Report of the Municipal Commissioner on the plague in Bombay for the year ending 31st May... - Volume 2
Disease focus: Plague
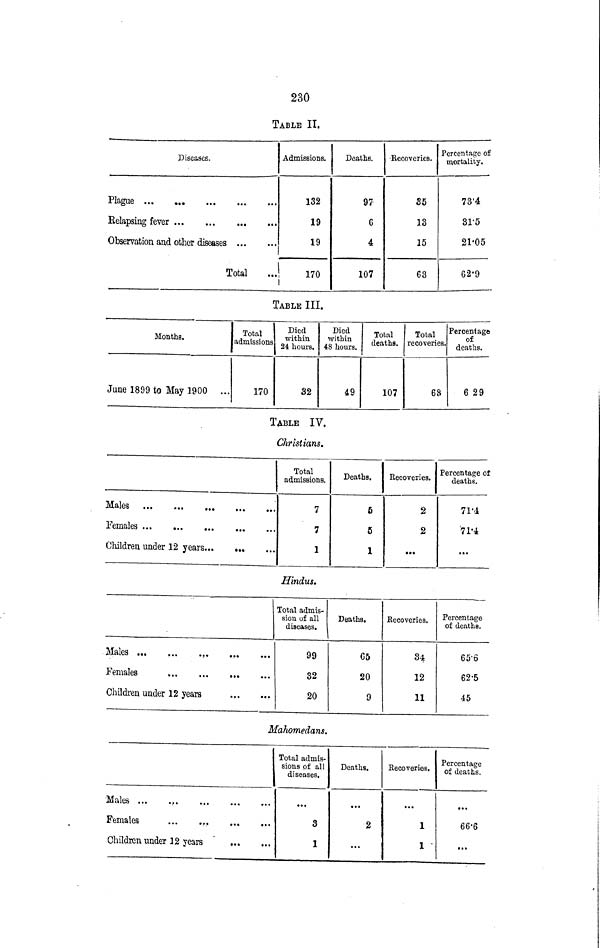
230
TABLE II.
Diseases.
Relapsing fever ...
...
...
...
Observation and other diseases
Total
Admissions.
132
19
19
170
1
Deaths.
97
G
4
107
•Recoveries.
35
13
15
63
Percentage of
mortality.
73'4
31'5
21-05
62-9
TABLE III.
Months.
June 1899 to May 1900 ...
Total
admissions
170
Died
within
24 hours.
32
Died
within
48 hours.
49
Total
deaths.
107
Total
recoveries.
68
Percentage
of
deaths.
6 29
TABLE IV.
Christians.
Females
Children under 12 years
Total
admissions.
7
7
1
Deaths.
5
5
1
Recoveries.
2
2
•»•
Percentage of
deaths.
71'i
'71'4
...
Hindus.
Females
Children under 12 years
Total admis-
sion of all
diseases.
99
32
20
Deaths.
65
20
9
Recoveries.
34
12
11
Percentage
of deaths.
65-6
62-5
45
Mahomedans.
Females
Children under 12 years
Total admis-
sions of all
diseases.
3
1
Deaths.
2
...
Recoveries.
1
1
Percentage
of deaths.
66-6
...